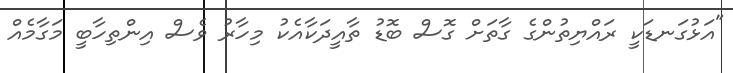
"އަޅުގަނޑަކީ ރައްޔިތުންގެ ގާތަށް ގޮސް ބޮޑު ތާއީދަކާއެކު މިހާރު ވެސް އިންތިހާބީ މަގާމެއް